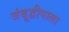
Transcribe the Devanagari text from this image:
जंबूद्वीपाला